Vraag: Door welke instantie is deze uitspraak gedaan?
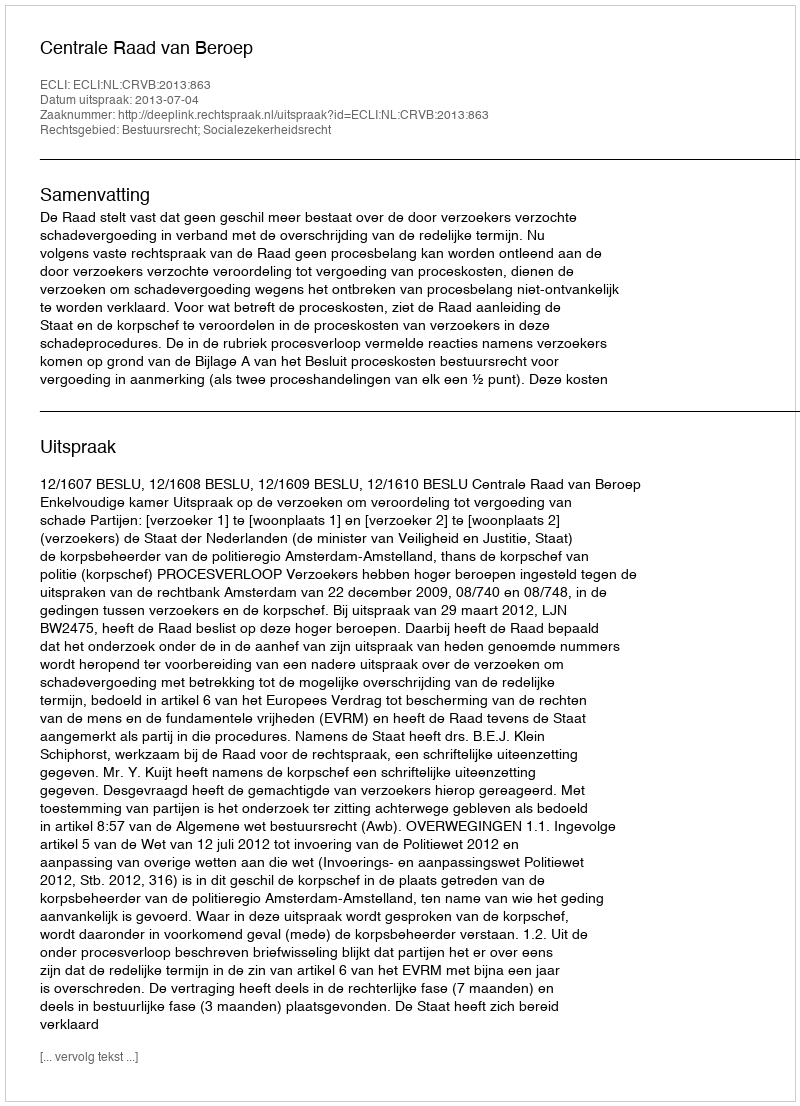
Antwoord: Centrale Raad van Beroep